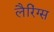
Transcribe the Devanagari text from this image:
लैरिंग्स